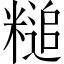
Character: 䊚